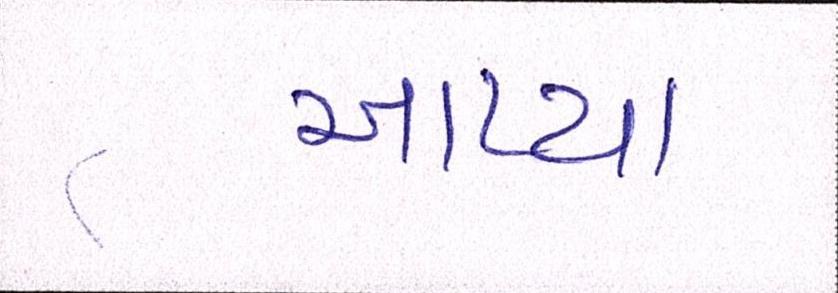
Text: આપ્યા